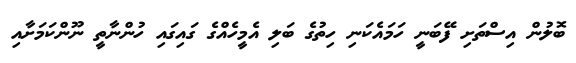
ބޮލުން އިސްތަށި ފޭބަނީ ހަމައެކަނި ހިތުގެ ބަލި އެމީހެއްގެ ގައިގައި ހުންނާތީ ނޫންކަމަށާއި